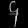
Digit: ၄